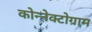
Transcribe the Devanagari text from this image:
कोन्नेक्टोग्राम